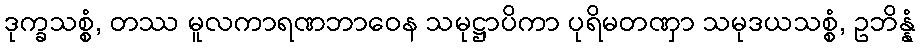
ဒုက္ခသစ္စံ, တဿ မူလကာရဏဘာဝေန သမုဋ္ဌာပိကာ ပုရိမတဏှာ သမုဒယသစ္စံ, ဥဘိန္နံ